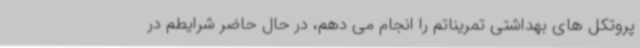
پروتکل های بهداشتی تمریناتم را انجام می دهم، در حال حاضر شرایطم در